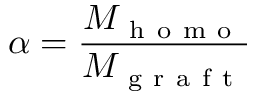
\alpha = \frac { M _ { \mathrm { ~ h ~ o ~ m ~ o ~ } } } { M _ { \mathrm { ~ g ~ r ~ a ~ f ~ t ~ } } }